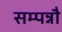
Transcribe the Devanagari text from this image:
सम्पन्नौ